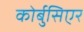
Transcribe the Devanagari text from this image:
कोर्बुसिएर